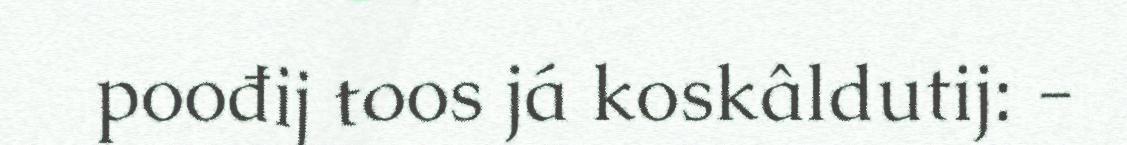
poođij toos já koskâldutij: -